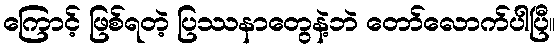
ကြောင့် ဖြစ်ရတဲ့ ပြဿနာတွေနဲ့ဘဲ တော်လောက်ပါပြီ။